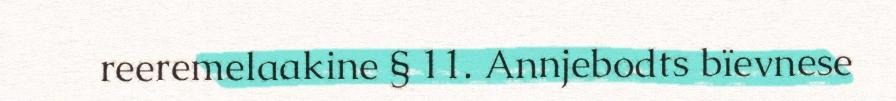
reeremelaakine § 11. Annjebodts bïevnese